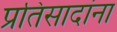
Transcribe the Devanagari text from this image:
प्रतिसादांना